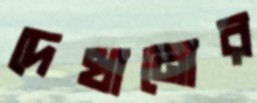
দেখানোর